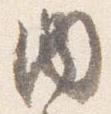
内